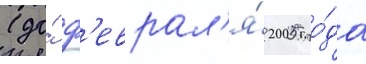
(до́ ф'еврал'я́ 2005 го́да